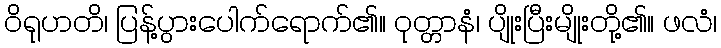
ဝိရုဟတိ၊ ပြန့်ပွားပေါက်ရောက်၏။ ဝုတ္တာနံ၊ ပျိုးပြီးမျိုးတို့၏။ ဖလံ၊